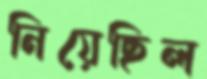
নিয়েছিল